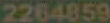
2264859